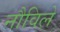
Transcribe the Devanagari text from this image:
नौविले